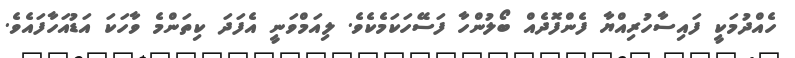
ހެއްދުމަކީ ފައިސާހުރިއްޔާ ފެންފޮދެއް ބޯލުންހާ ފަސޭހަކަމެކެވެ. ލިއަމްވަނީ އެފަދަ ކިތަންމެ ވާހަކަ އަޑުއަހާފައެވެ.